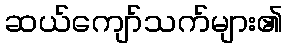
ဆယ်ကျော်သက်များ၏